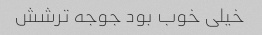
خیلی خوب بود جوجه ترشش